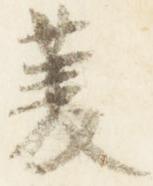
菱